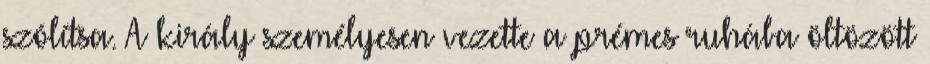
szólítsa. A király személyesen vezette a prémes ruhába öltözött